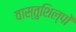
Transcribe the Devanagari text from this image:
वास्तुशिल्पों